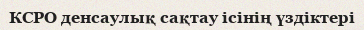
КСРО денсаулық сақтау ісінің үздіктері